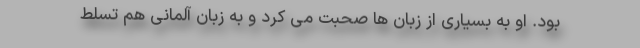
بود. او به بسیاری از زبان ها صحبت می کرد و به زبان آلمانی هم تسلط